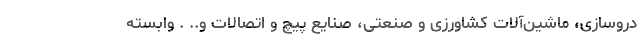
دروسازی، ماشین‌آلات کشاورزی و صنعتی، صنایع پیچ و اتصالات و.. . وابسته